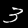
Label: 3